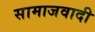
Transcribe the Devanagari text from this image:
सामाजवादी